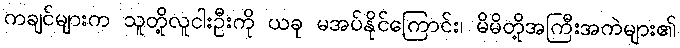
ကချင်များက သူတို့လူငါးဦးကို ယခု မအပ်နိုင်ကြောင်း၊ မိမိတို့အကြီးအကဲများ၏